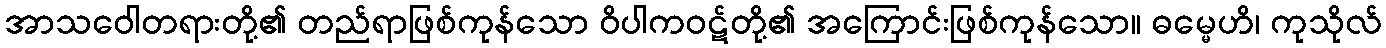
အာသဝေါတရားတို့၏ တည်ရာဖြစ်ကုန်သော ဝိပါကဝဋ်တို့၏ အကြောင်းဖြစ်ကုန်သော။ ဓမ္မေဟိ၊ ကုသိုလ်